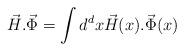
LaTeX: \begin{align*}\vec H.\vec \Phi= \int d^dx \vec H(x).\vec\Phi(x)\end{align*}